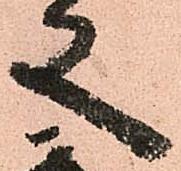
又